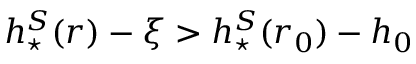
h _ { \star } ^ { S } ( r ) - \xi > h _ { \star } ^ { S } ( r _ { 0 } ) - h _ { 0 }